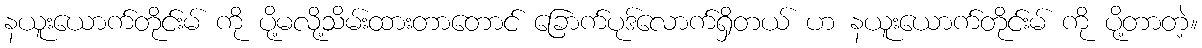
နယူးယောက်တိုင်းမ် ကို ပို့မလို့သိမ်းထားတာတောင် ခြောက်ပုဒ်လောက်ရှိတယ် ဟ နယူးယောက်တိုင်းမ် ကို ပို့တာတဲ့။